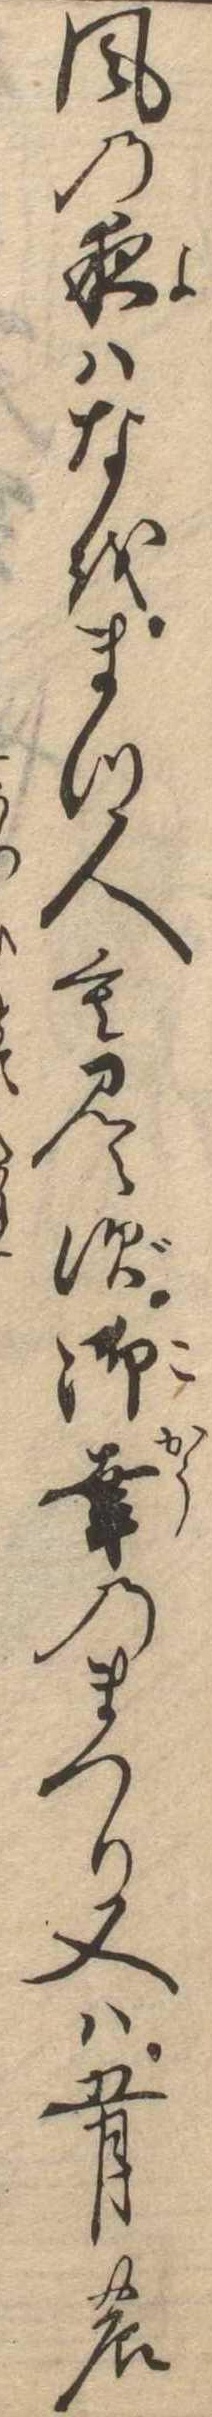
風の夜はなをまつ人も見えず御幸のまつり又は五月の